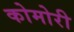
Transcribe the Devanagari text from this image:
कोमोरी